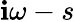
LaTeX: \mathbf{i}\omega-s